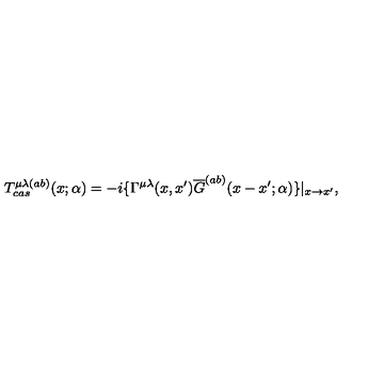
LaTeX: T _ { c a s } ^ { \mu \lambda ( a b ) } ( x ; \alpha ) = - i \{ \Gamma ^ { \mu \lambda } ( x , x ^ { \prime } ) \overline { { G } } ^ { ( a b ) } ( x - x ^ { \prime } ; \alpha ) \} | _ { x \rightarrow x ^ { \prime } } ,